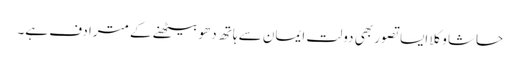
حاشا وکلا ایسا تصور بھی دولت ایمان سے ہاتھ دھو بیٹھنے کے مترادف ہے۔